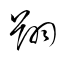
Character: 翔